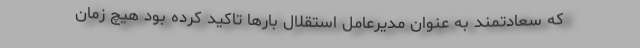
که سعادتمند به عنوان مدیرعامل استقلال بارها تاکید کرده بود هیچ زمان